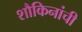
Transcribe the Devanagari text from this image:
शौकिनांची